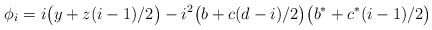
\begin{align*}\phi_i = i\big(y+z(i-1)/2\big) - i^2\big(b+c(d-i)/2\big)\big(b^*+c^*(i-1)/2\big)\end{align*}